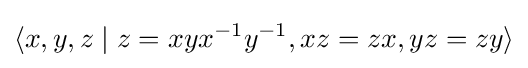
\langle x,y,z\mid z=xyx^{-1}y^{-1},xz=zx,yz=zy\rangle